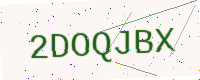
Text: 2DOQJBX